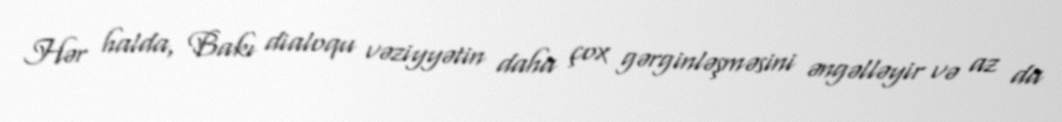
Hər halda, Bakı dialoqu vəziyyətin daha çox gərginləşməsini əngəlləyir və az da